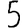
Digit: 5